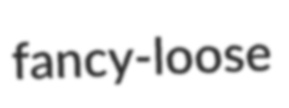
fancy-loose